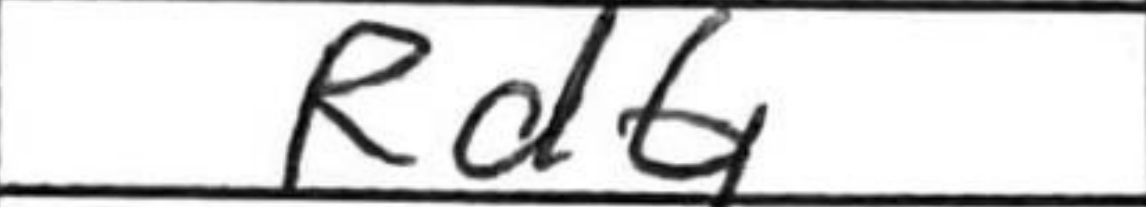
Transcription: Rd6